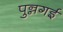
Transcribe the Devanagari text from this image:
पुन्नगई